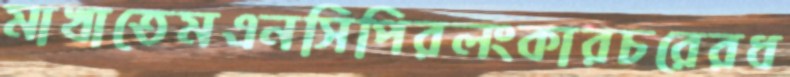
মাখাতেমএনসিপিরলংকারচরেরধ